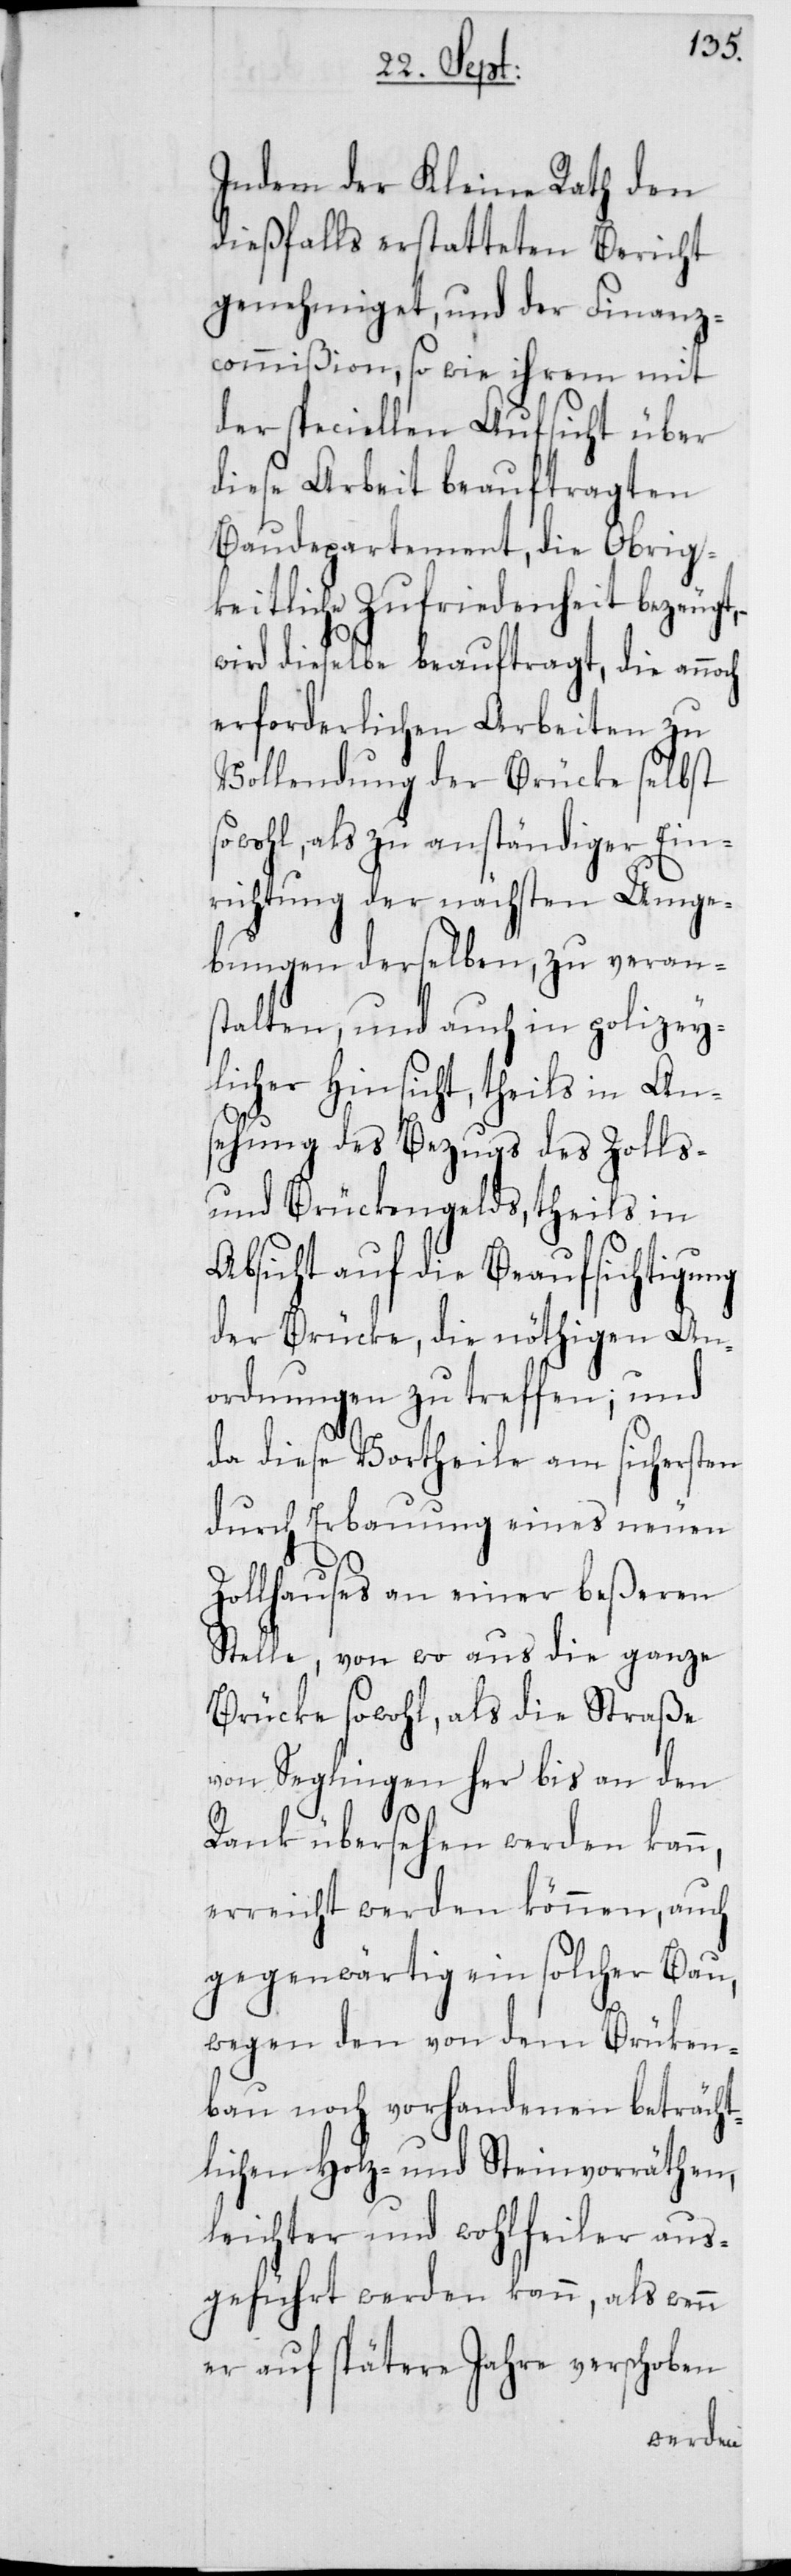
Indem der Kleine Rath den
dießfalls erstatteten Bericht
genehmiget, und der Finanz¬
commißion, so wie ihrem mit
der speciellen Aufsicht über
diese Arbeit beauftragten
Baudepartement, die Obrig¬
keitliche Zufriedenheit bezeugt,
wird dieselbe beauftragt, die annoch
erforderlichen Arbeiten zu
Vollendung der Brücke selbst
sowohl, als zu anständiger Ein¬
richtung der nächsten Umge¬
bungen derselben, zu verans¬
talten, und auch in polizey¬
licher Hinsicht, theils in An¬
sehung des Bezugs des Zolls-
und Brückengelds, theils in
Absicht auf die Beaufsichtigung
der Brücke, die nöthigen An¬
ordnungen zu treffen; und
da diese Vortheile am sichersten
durch Erbauung eines neuen
Zollhauses an einer beßeren
Stelle, von wo aus die ganze
Brücke sowohl, als die Straße
von Seglingen her bis an den
Rank übersehen werden kann,
erreicht werden können, auch
gegenwärtig ein solcher Bau,
wegen den von dem Brüken¬
bau noch vorhandenen beträcht¬
lichen Holz- und Steinvorräthen,
leichter und wohlfeiler aus¬
geführt werden kann, als wenn
er auf spätere Jahre verschoben